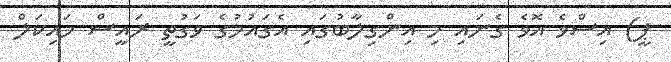
ޕީ) އިސްވެ އޮވެ ގެނައި މި އިންގިލާބުގައި އެގައުމުގެ ވަގުތީ ރައީސް މައިކަލް